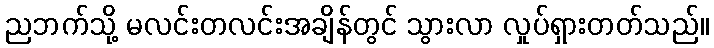
ညဘက်သို့ မလင်းတလင်းအချိန်တွင် သွားလာ လှုပ်ရှားတတ်သည်။